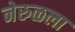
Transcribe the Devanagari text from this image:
नेरुळला